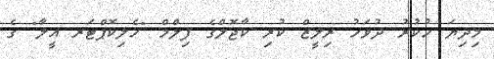
މިދިޔަ ހުކުރު ދުވަހު ރިލީޒް ކުރި ކާޖޮލްގެ ފިލްމް "ހެލިކޮޕްޓަރ އީލާ" ގެ